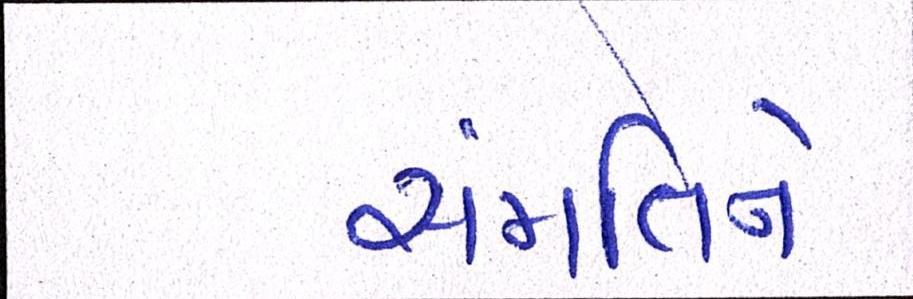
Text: સંમતિને